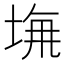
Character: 𡌖